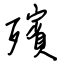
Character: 殯